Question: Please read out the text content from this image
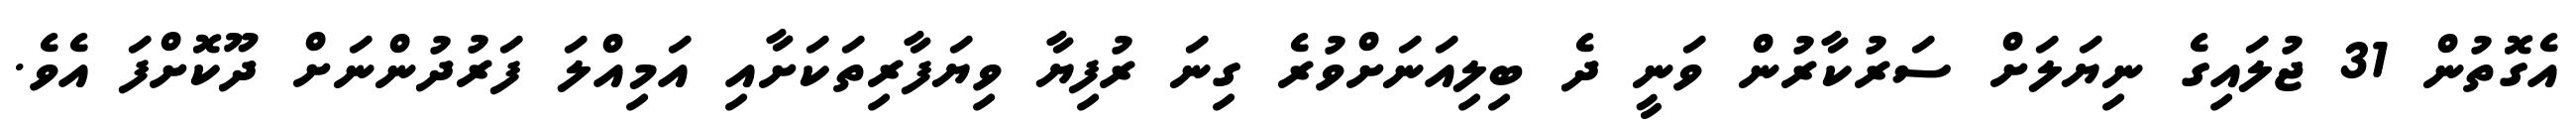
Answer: އެގޮތުން 31 ޖުލައިގެ ނިޔަލަށް ސަރުކާރުން ވަނީ ދެ ބިލިއަނަށްވުރެ ގިނަ ރުފިޔާ ވިޔަފާރިތަކަށާއި އަމިއްލަ ފަރުދުންނަށް ދޫކޮށްފަ އެވެ.